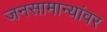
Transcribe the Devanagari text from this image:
जनसामान्यांवर